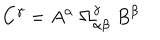
C ^ { \gamma } = A ^ { \alpha } \; \Omega _ { \alpha \beta } ^ { \gamma } \; B ^ { \beta }